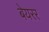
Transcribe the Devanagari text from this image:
बेयरर